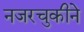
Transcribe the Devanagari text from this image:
नजरचुकीने